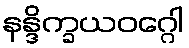
နန္ဒိက္ခယဝဂ္ဂေါ